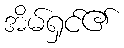
အိမ်ရှင်၏